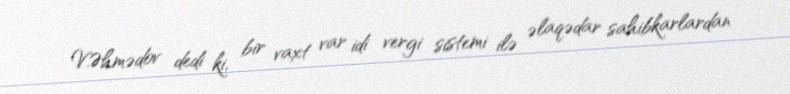
V.Əhmədov dedi ki, bir vaxt var idi vergi sistemi ilə əlaqədar sahibkarlardan